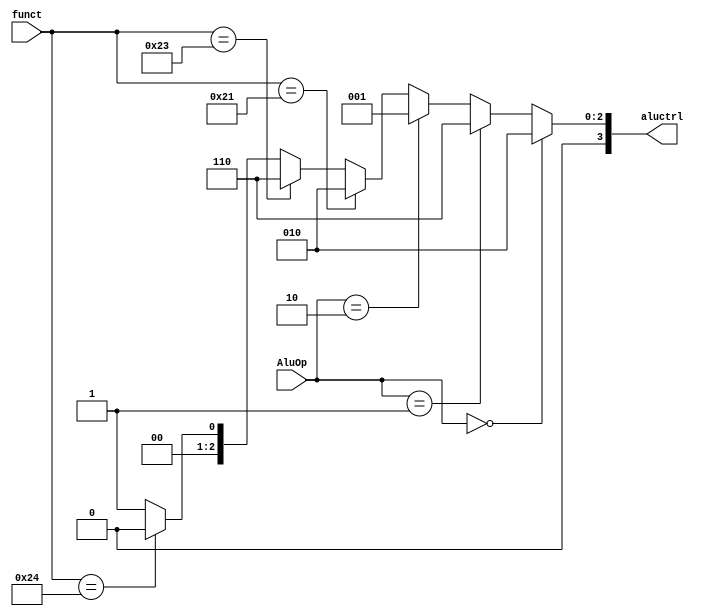
module aluctrl(funct,AluOp,aluctrl);

  input [5:0] funct;
  input [1:0] AluOp;
  output reg [3:0] aluctrl;

always@(funct,AluOp)
  if(AluOp==2'b00)
    aluctrl = 4'b0010; //add
  else if(AluOp==2'b01)
    aluctrl = 4'b0110; //sub
  else if(AluOp==2'b10)
    aluctrl = 4'b0001; //or
  else
    if(funct==6'b100001)
      aluctrl = 4'b0010;
    else if(funct==6'b100011)
      aluctrl = 4'b0110;
    else if(funct==6'b100100)
      aluctrl = 4'b0000;
    else
      aluctrl = 4'b0001;

endmodule